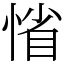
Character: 𢜫